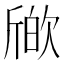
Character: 𣣪